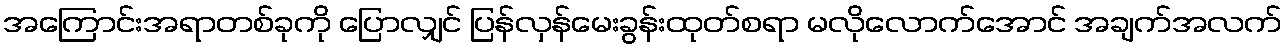
အကြောင်းအရာတစ်ခုကို ပြောလျှင် ပြန်လှန်မေးခွန်းထုတ်စရာ မလိုလောက်အောင် အချက်အလက်